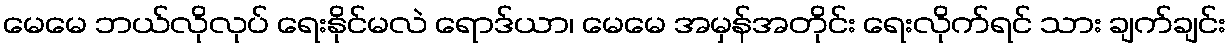
မေမေ ဘယ်လိုလုပ် ရေးနိုင်မလဲ ရောဒ်ယာ၊ မေမေ အမှန်အတိုင်း ရေးလိုက်ရင် သား ချက်ချင်း